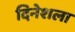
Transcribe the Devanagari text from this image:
दिनेशला